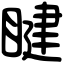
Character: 睷